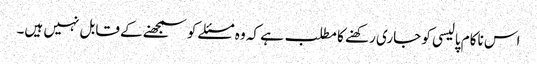
اس ناکام پالیسی کو جاری رکھنے کا مطلب ہے کہ وہ مسئلے کو سمجھنے کے قابل نہیں ہیں۔